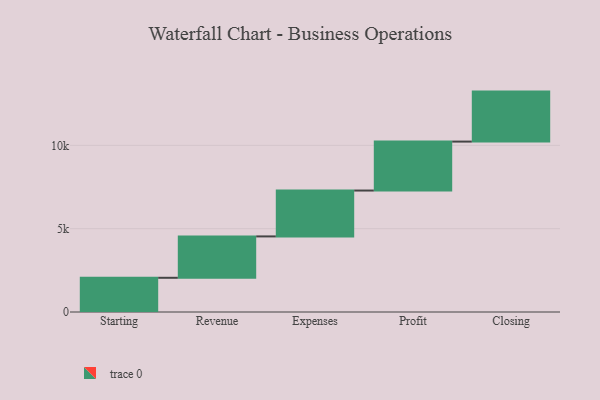
{"axis": {"x": "Step", "y": "Value"}, "legend": [""], "data": [{"x": "Starting", "y": 2053.0, "type": ""}, {"x": "Revenue", "y": 2483.0, "type": ""}, {"x": "Expenses", "y": 2753.0, "type": ""}, {"x": "Profit", "y": 2937.0, "type": ""}, {"x": "Closing", "y": 3000, "type": ""}]}